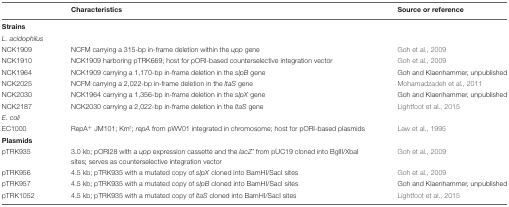
<table><thead><tr><td></td><td><b>Characteristics</b></td><td><b>Source or reference</b></td></tr></thead><tbody><tr><td><b>Strains</b></td><td></td><td></td></tr><tr><td><i>L. acidophilus</i></td><td></td><td></td></tr><tr><td>NCK1909</td><td>NCFM carrying a 315-bp in-frame deletion within the <i>upp</i> gene</td><td>Goh et al., 2009</td></tr><tr><td>NCK1910</td><td>NCK1909 harboring pTRK669; host for pORI-based counterselective integration vector</td><td>Goh et al., 2009</td></tr><tr><td>NCK1964</td><td>NCK1909 carrying a 1,170-bp in-frame deletion in the <i>slpB</i> gene</td><td>Goh and Klaenhammer, unpublished</td></tr><tr><td>NCK2025</td><td>NCFM carrying a 2,022-bp in-frame deletion in the <i>ltaS</i> gene</td><td>Mohamadzadeh et al., 2011</td></tr><tr><td>NCK2030</td><td>NCK1964 carrying a 1,356-bp in-frame deletion in the <i>slpX</i> gene</td><td>Goh and Klaenhammer, unpublished</td></tr><tr><td>NCK2187</td><td>NCK2030 carrying a 2,022-bp in-frame deletion in the <i>ltaS</i> gene</td><td>Lightfoot et al., 2015</td></tr><tr><td><i>E. coli</i></td><td></td><td></td></tr><tr><td>EC1000</td><td>RepA<sup>+</sup> JM101; Km<sup>r</sup>; <i>repA</i> from pWV01 integrated in chromosome; host for pORI-based plasmids</td><td>Law et al., 1995</td></tr><tr><td><b>Plasmids</b></td><td></td><td></td></tr><tr><td>pTRK935</td><td>3.0 kb; pORI28 with a <i>upp</i> expression cassette and the <i>lacZ’</i> from pUC19 cloned into BglII/XbaI sites; serves as counterselective integration vector</td><td>Goh et al., 2009</td></tr><tr><td>pTRK956</td><td>4.5 kb; pTRK935 with a mutated copy of <i>slpX</i> cloned into BamHI/SacI sites</td><td>Goh et al., 2009</td></tr><tr><td>pTRK957</td><td>4.5 kb; pTRK935 with a mutated copy of <i>slpB</i> cloned into BamHI/SacI sites</td><td>Goh and Klaenhammer, unpublished</td></tr><tr><td>pTRK1052</td><td>4.5 kb; pTRK935 with a mutated copy of <i>ltaS</i> cloned into BamHI/SacI sites</td><td>Lightfoot et al., 2015</td></tr></tbody></table>